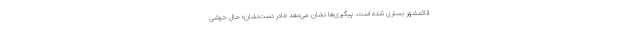
قائمشهر بستری شده است. پیگیری‌ها نشان می‌دهد «نادر دست‌نشان» حال خوشی